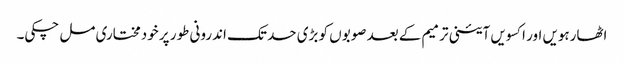
اٹھارہویں اور اکسویں آئینی ترمیم کے بعد صوبوں کو بڑی حد تک اندرونی طور پر خودمختاری مل چکی۔